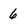
Character: 6